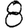
Digit: 8